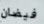
فيضان